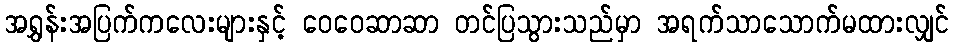
အရွှန်းအပြက်ကလေးများနှင့် ဝေဝေဆာဆာ တင်ပြသွားသည်မှာ အရက်သာသောက်မထားလျှင်